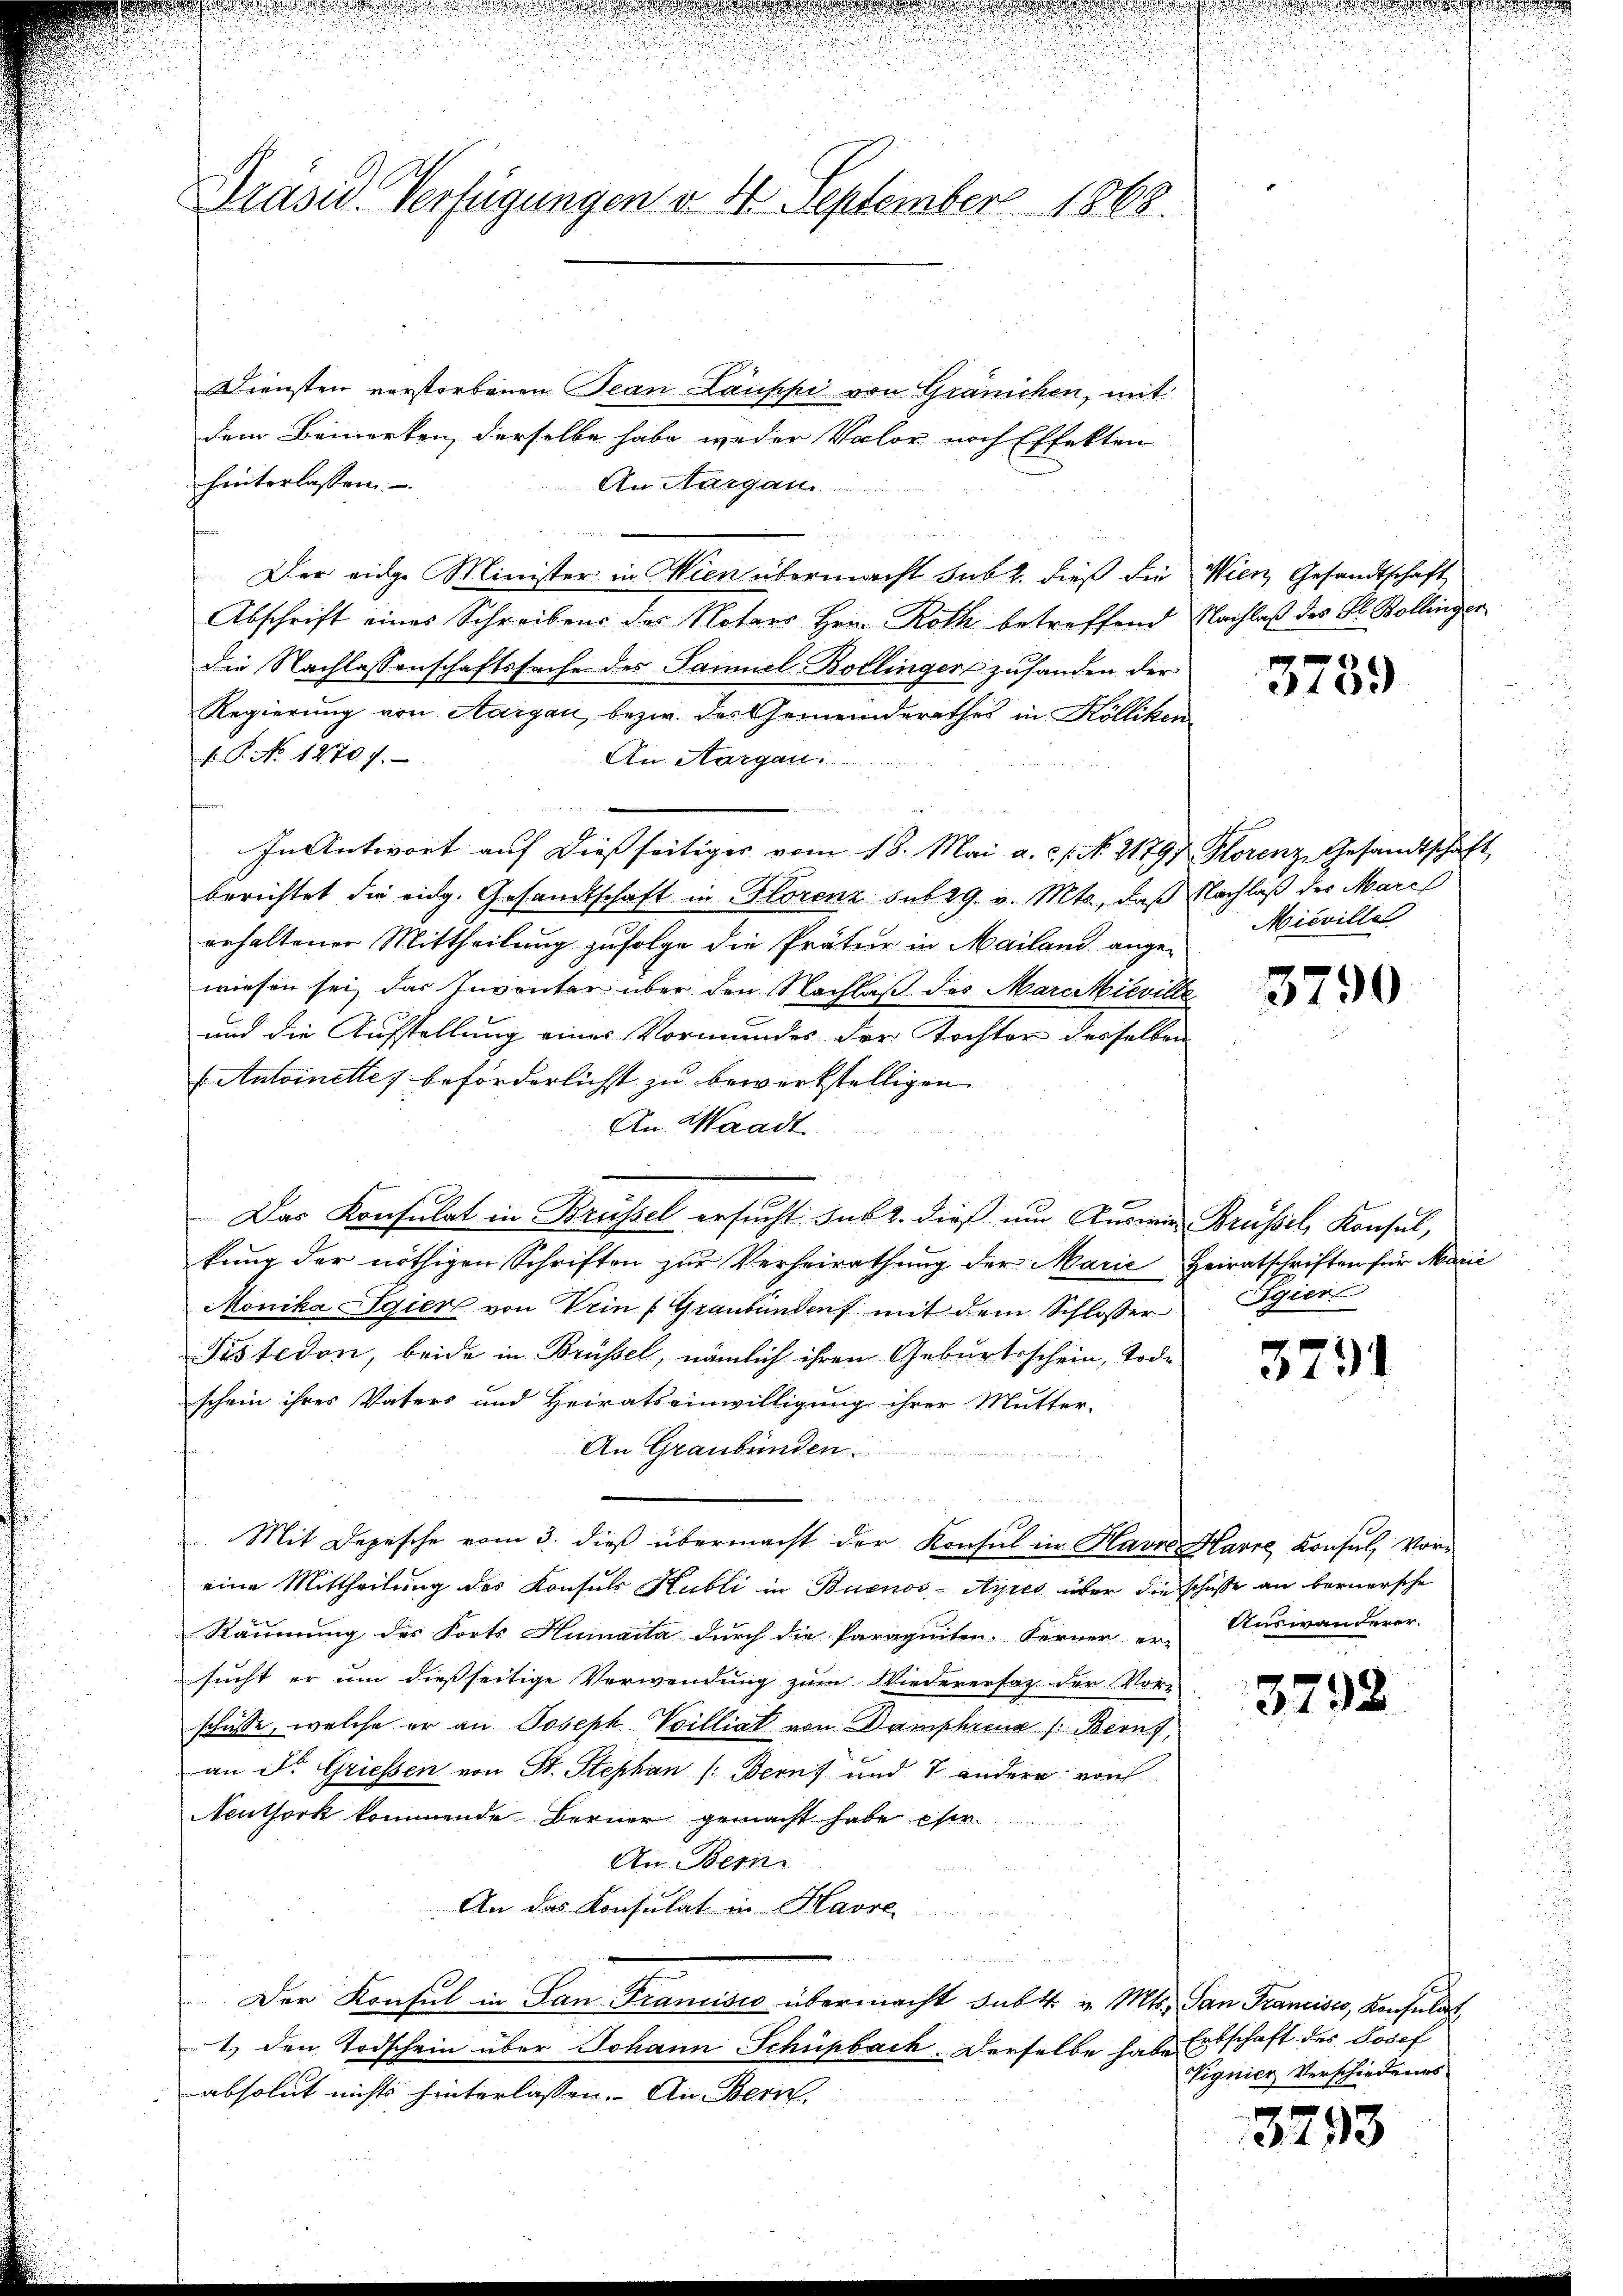
.
n
u

Präsid. Verfügungen v. 4. September 1868

Diensten verstorbenen Tean Lauppi von Gränichen, mit
dem Bemerken, derselbe habe weder Valor noch Effekten
hinterlassen.
An Aargau.
Der eidge Minister in Wien übermacht sub 2. dieß die Wien, Gesandtschaft
Abschrift eines Schreibens des Notars Hrn. Roth betreffend Nachlaß des Al. Bollinger
die Nachlassenschaftssache des Samuel Bollinger zufanden der
Regierung von Aargau, bezw. des Gemeinderathes in Kölliken
.P. No. 12707.
An Aargau.
u
In Antwort auf dies seitiger vom 18. Mai a. c. s. No. 21797 Florenz, Gesandtschafberichtet die eidg. Gesandtschaft in Florenz sub 29. v. Mts., daß Nachlaß der March
eehaltener Mittheilung zufolge die Prätur in Mailand ange-
wiesen sei, das Inventar über den Nachlaß des Marckieville
und die Aufstellung eines Vormundes der Tochter desselben
.Antoinette beförderlichst zu bewerkstelligen.
An Waadt
Das Konsulat in Brüssel ersucht sub 2. dieß um Auswie Brüssel, Konsul,
kŭng der nöthigen Schriften zŭr Verheirathŭng der Marie Heiratschriften für Marie
Monika Sgier von Dein Graubündenf mit dem Schlosser Egieru
Fistedon, beide in Brüssel, nämlich ihren Geburtsschein, Tode
schein ihres Vaters und Heiratseinwilligung ihrer Mutter-
An Graubünden.
Mit Depesche vom 3. dieß übermacht der Konsul in Havre Harre Konsul, Vor-
eine Mittheilung des Konsuls Hubli in Buenos-Ayres über die schüsse an bernersche
Räumung des Forts Humaita durch die Paraguiten. Ferner er-
sucht er um dießseitige Verwendung zum Wiederersatz der Vor-
schüsse, welche er an Joseph Villiat von Damphreuz /: Bern,
an Dr. Griessen von St. Stephan (: Berns und 7 andern von
Neuthork kommende Berner gemacht habe estr.
An Bern.
An das Konsulat in Havre
Der Konsul in San Francisco übermacht subt. v. Mts. San Francisco, Konsulat
1.) den Todschein über Johann Schüpbach. Derselbe habe Erbschaft des Josef
absolut nichts hinterlassen. An Bern,

3739

Mieville

3790

3791

Auswanderer.

3798

Vignier Verschiedens-

3793

2